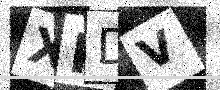
Text: XHDV